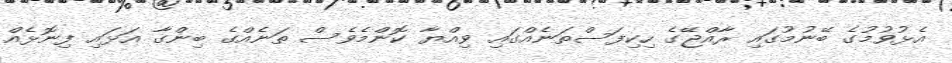
އެޅުވުމުގެ ބޭނުމުގައި ރާއްޖޭގެ ހިކިފަސްތަނެއްގައި ވިއްޔާ ކޮންމެވެސް ތަނެއްގެ ބިންގާ އަޅައި ފިނޮޅެއް